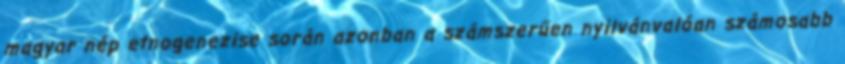
magyar nép etnogenezise során azonban a számszerűen nyilvánvalóan számosabb